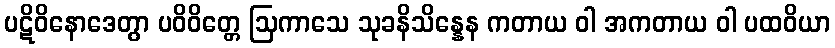
ပဋိဝိနောဒေတွာ ပဝိဝိတ္တေ ဩကာသေ သုခနိသိန္နေန ကတာယ ဝါ အကတာယ ဝါ ပထဝိယာ